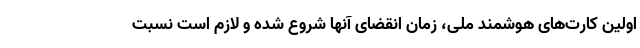
اولین کارت‌های هوشمند ملی، زمان انقضای آنها شروع شده و لازم است نسبت